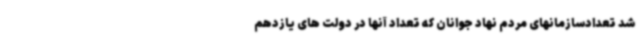
شد تعدادسازمانهای مردم نهاد جوانان که تعداد آنها در دولت های یازدهم